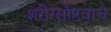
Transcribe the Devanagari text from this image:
शरीरसौष्ठवाचे